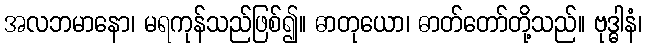
အလဘမာနော၊ မရကုန်သည်ဖြစ်၍။ ဓာတုယော၊ ဓာတ်တော်တို့သည်။ ဗုဒ္ဓါနံ၊